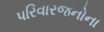
પરિવારજનોના